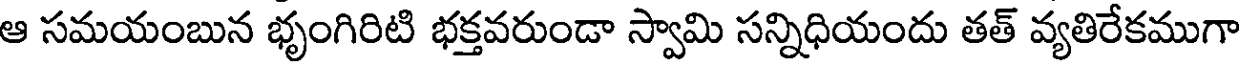
ఆ సమయంబున భృంగిరిటి భక్తవరుండా స్వామి సన్నిధియందు తత్ వ్యతిరేకముగా